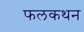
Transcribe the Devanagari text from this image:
फलकथन